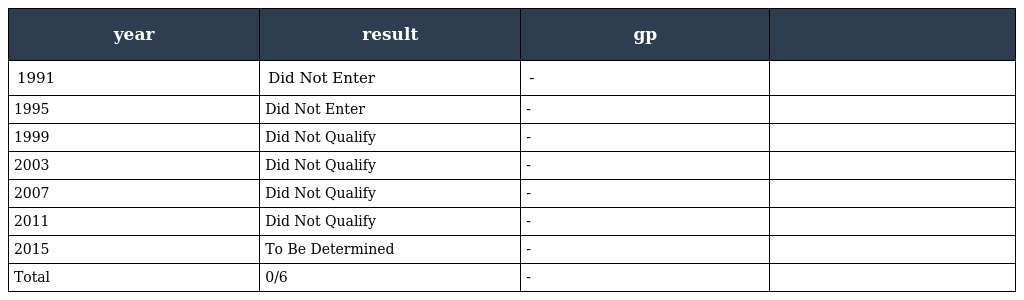
| year | result | gp |  |
 | --- | --- | --- | --- |
 | 1991 | Did Not Enter | - |  |
 | 1995 | Did Not Enter | - |  |
 | 1999 | Did Not Qualify | - |  |
 | 2003 | Did Not Qualify | - |  |
 | 2007 | Did Not Qualify | - |  |
 | 2011 | Did Not Qualify | - |  |
 | 2015 | To Be Determined | - |  |
 | Total | 0/6 | - |  |